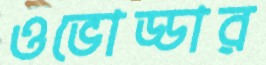
ওভোড্ডার